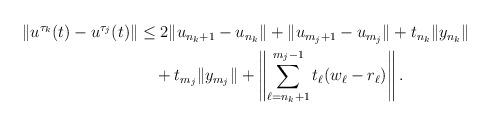
LaTeX: \begin{align*}\begin{aligned} \lVert u^{\tau_k}(t) - u^{\tau_j}(t)\rVert &\leq 2 \lVert u_{n_k+1} - u_{n_k}\rVert + \lVert u_{m_j+1} - u_{m_j}\rVert + t_{n_k} \lVert y_{n_k}\rVert \\ & \quad + t_{m_j} \lVert y_{m_j}\rVert + \left \lVert \sum_{\ell=n_k+1}^{m_j-1} t_\ell (w_\ell - r_\ell)\right\rVert. \end{aligned} \end{align*}